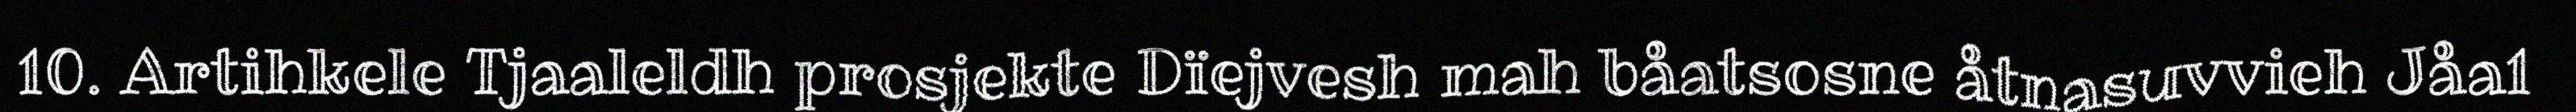
10. Artihkele Tjaaleldh prosjekte Dïejvesh mah båatsosne åtnasuvvieh Jåa1